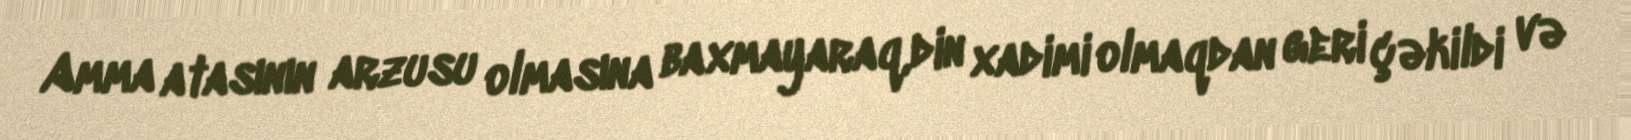
Amma atasının arzusu olmasına baxmayaraq,din xadimi olmaqdan geri çəkildi və